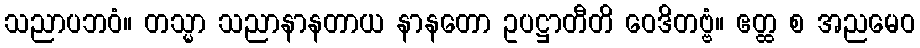
သညာပဘဝံ။ တသ္မာ သညာနာနတာယ နာနတော ဥပဋ္ဌာတီတိ ဝေဒိတဗ္ဗံ။ ဧတ္ထ စ အညမေဝ